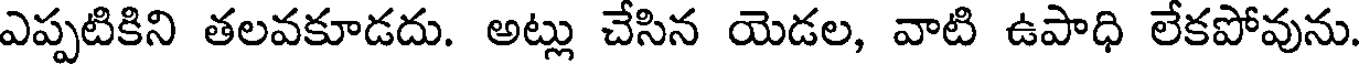
ఎప్పటికిని తలవకూడదు. అట్లు చేసిన యెడల, వాటి ఉపాధి లేకపోవును